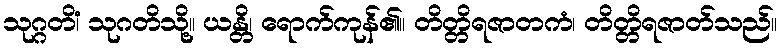
သုဂ္ဂတိံ၊ သုဂတိသို့။ ယန္တိ၊ ရောက်ကုန်၏။ တိတ္တိရဇာတကံ၊ တိတ္တိရဇာတ်သည်။